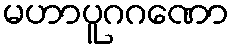
မဟာပူဂဂဏော